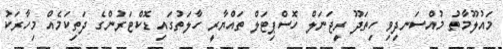
މައުލޫމާތު މުއްސަނދިވި ހިތަދޫ ރީޖަނަލް ހޮސްޕިޓަލް ތައްޔާރީ ހާލަތުގައި ޑޮކްޓަރުންގެ ދަތިކަމެއް މިހާރަކު